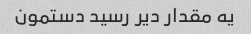
یه مقدار دیر رسید دستمون